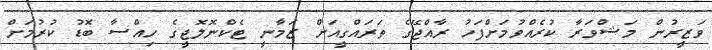
ވަޒީރުން މަޝްވަރާ ކުރެއްވުމަށްފަހު ރާއްޖޭގެ ތަރައްގީއަށް ޒަމާނީ ޓެކްނޮލޮޖީގެ ހިއްސާ ބޮޑު ކުރުމަށް